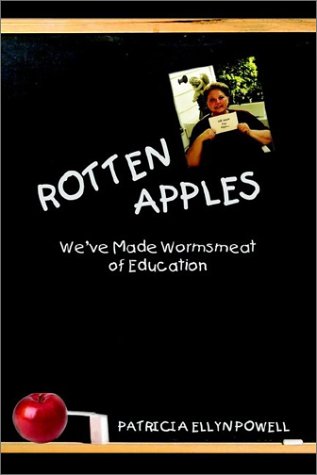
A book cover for Rotten Apples: We've Made Wormsmeat of Education; Patricia Powell; Biographies & Memoirs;